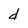
Character: d